[Report on the health of British troops in the Madras command]
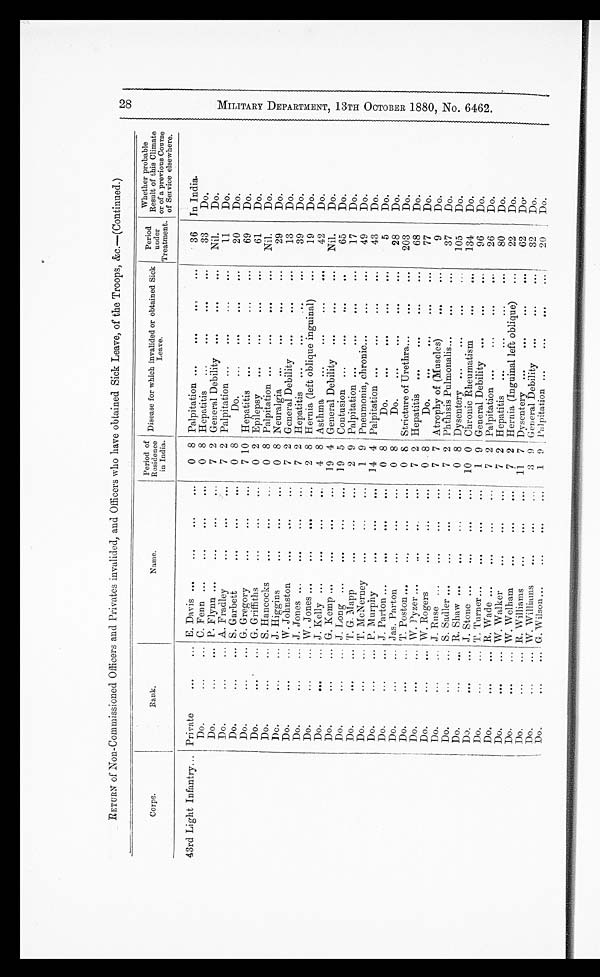
RETURN of Non-Commissioned Officers and Privates invalided, and Officers who have obtained Sick Leave, of the Troops, &c.—( Continued .)
Corps.
Rank.
Name.
Period of
Residence
in India.
Disease for which invalided or obtained Sick
Leave.
Period
under
Treatment.
Whether probable
Result of this Climate
or of a previous Course
of Service elsewhere.
43rd Light Infantry... Private
. . .
... E. Davis ...
...
. . .
...
0 8 Palpitation ...
...
...
. . .
36
In India.
Do.
...
... C. Fenn ...
...
...
. . .
0 8 Hepatitis
...
...
. . .
. . .
33
Do.
Do.
...
... P. Flynn ...
...
. . .
. . .
7 2 General Debility ...
...
. . .
Nil.
Do.
Do.
...
. . .
A. Fradley
...
. . .
. . .
7 2 Palpitation ...
...
...
. . .
11
Do.
Do.
...
... S. Garbett
. . .
. . .
. . .
0 8
Do.
...
...
. . .
. . .
20
Do.
Do.
. . .
... G. Gregory
...
...
...
7 10 Hepatitis ...
...
...
...
69
Do.
Do.
...
... G. Griffiths
...
. . .
. . .
0 2 Epilepsy
...
...
. . .
. . .
61
Do.
Do.
...
... S. Hancocks
...
...
...
0 8 Palpitation ...
...
. . .
. . .
Nil.
Do.
Do.
...
. . .
J. Higgins
. . .
. . .
. . .
0 8 Neuralgia ...
...
...
. . .
29
Do.
Do.
...
. . .
W. Johnston
. . .
. . .
. . .
7 2 General Debility ...
. . .
. . .
13
Do.
Do.
...
... J. Jones ...
. . .
. . .
...
7 2 Hepatitis
...
...
. . .
. . .
39
Do.
Do.
...
... W. Jones ...
...
. . .
. . .
2 8 Hernia (left oblique inguinal)
. . .
. . .
19
Do.
Do.
. . .
... J. Kelly ...
...
...
. . .
4 8 Asthma
...
...
. . .
. . .
42
Do.
Do.
. . .
... G. Kemp ...
...
...
...
19 4 General Debility ...
. . .
...
Nil.
Do.
Do.
...
. . .
J. Long ...
...
...
. . .
19 5 Contusion ...
...
. . .
...
65
Do.
Do.
. . .
... T. G. Mapp
. . .
...
. . .
2 9 Palpitation ...
...
. . .
. . .
17
Do.
Do.
...
... T. McNerney
...
...
..
1 9 Pneumonia, chronic...
...
. . .
49
Do.
Do.
...
...
P . M u r p h y ...
...
. . .
14 4 Palpitation ...
...
...
...
43
Do.
Do.
...
... J. Parton ...
. . .
. . .
. . .
0 8
Do.
...
...
. . .
. . .
5
Do.
Do.
...
... Jas. Parton
...
...
...
0 8
Do.
...
...
. . .
. . .
28
Do.
Do.
. . .
... T. Poston...
...
...
. . .
0 8 Stricture of Urethra...
. . .
. . .
203
Do.
Do.
. . .
... W. Pyzer ...
...
...
. . .
7 2 Hepatitis ...
...
. . .
. . .
68
Do.
Do.
...
... W. Rogers
. . .
...
. . .
0 8
Do.
...
...
. . .
. . .
77
Do.
Do.
...
... J. Rase ...
...
...
. . .
7 7 Atrophy of (Muscles)
. . .
. . .
9
Do.
Do.
...
... S. Sadler ...
...
. . .
...
7 2 Phthisis Pulmonalis...
. . .
...
37
Do.
Do.
. . .
... R. Shaw ...
. . .
...
. . .
0 8 Dysentery ...
...
. . .
...
105
Do.
Do.
...
... J. Stone ...
...
. . .
. . .
10 0 Chronic Rheumatism
...
. . .
134
Do.
Do.
...
... T. Turner...
...
. . .
. . .
11 9 General Debility ...
...
. . .
96
Do.
Do.
...
... R. Wade ...
. . .
...
...
7 2 Palpitation ...
...
. . .
. . .
26
Do.
Do.
...
... W. Walker
. . .
...
...
7 2 Hepatitis
...
...
...
...
80
Do.
Do.
. . .
... W. Welham
...
. . .
...
7
2
Hernia (Inguinal left oblique)
. . .
. . .
22
Do.
Do.
...
... R. Williams
...
. . .
. . .
11 7 Dysentery ...
...
...
. . .
62
Do.
Do.
...
... W. Williams
...
...
...
3
9
General Debility
...
. . .
. . .
32
Do.
Do.
...
... G. W ilson ...
. . .
. . .
. . .
1 9 Palpitation ...
... .
. . .
...
90
Do.
2 8 M I L I T A R Y D E P A R T M E N T , 1 3 T H O C T O B E R 1 8 8 0 , N O . 6 4 6 2 .